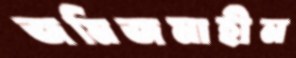
জমিজমাহীন